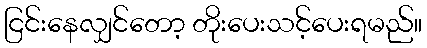
ငြင်းနေလျှင်တော့ တိုးပေးသင့်ပေးရမည်။